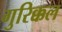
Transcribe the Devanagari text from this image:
गुरिक्कल